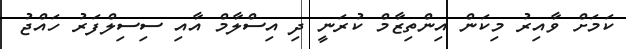
ކަމަށް ވާއިރު މިކަން އިންތިޒާމް ކުރަނީ ދި އިސްލާމް އާއި ސިސިލްފަރު ހައްޖު